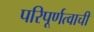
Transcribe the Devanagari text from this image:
परिपूर्णत्वाची